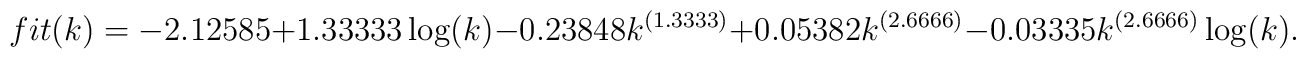
fit(k)=-2.12585+1.33333 \log (k)-0.23848 k^{({1.3333})}+0.05382 k^{({2.6666})}-0.03335 k^{({2.6666})} \log(k).